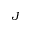
J